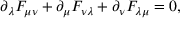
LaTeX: \partial _ { \lambda } F _ { \mu \nu } + \partial _ { \mu } F _ { \nu \lambda } + \partial _ { \nu } F _ { \lambda \mu } = 0 ,